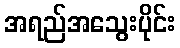
အရည်အသွေးပိုင်း